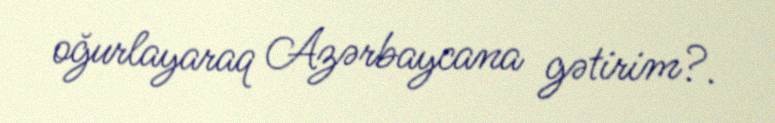
oğurlayaraq Azərbaycana gətirim?.